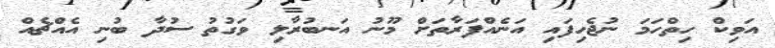
އަވިކް ހިތްހަމަ ނުޖެހިފައި އަނެއްފަރާތަށް މޫނު އަނބުރާލި ވަގުތު ސުދާ ބުނި އެއްޗެއް